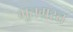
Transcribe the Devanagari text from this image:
भूतग्रस्त